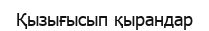
Қызығысып қырандар